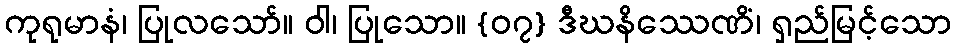
ကုရုမာနံ၊ ပြုလသော်။ ဝါ၊ ပြုသော။ {၀၇} ဒီဃနိဿေဏိံ၊ ရှည်မြင့်သော